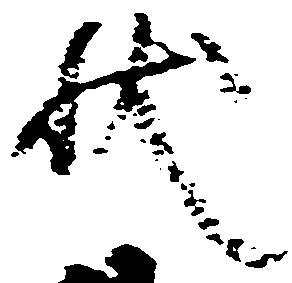
状